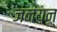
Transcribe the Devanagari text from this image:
जनयन्